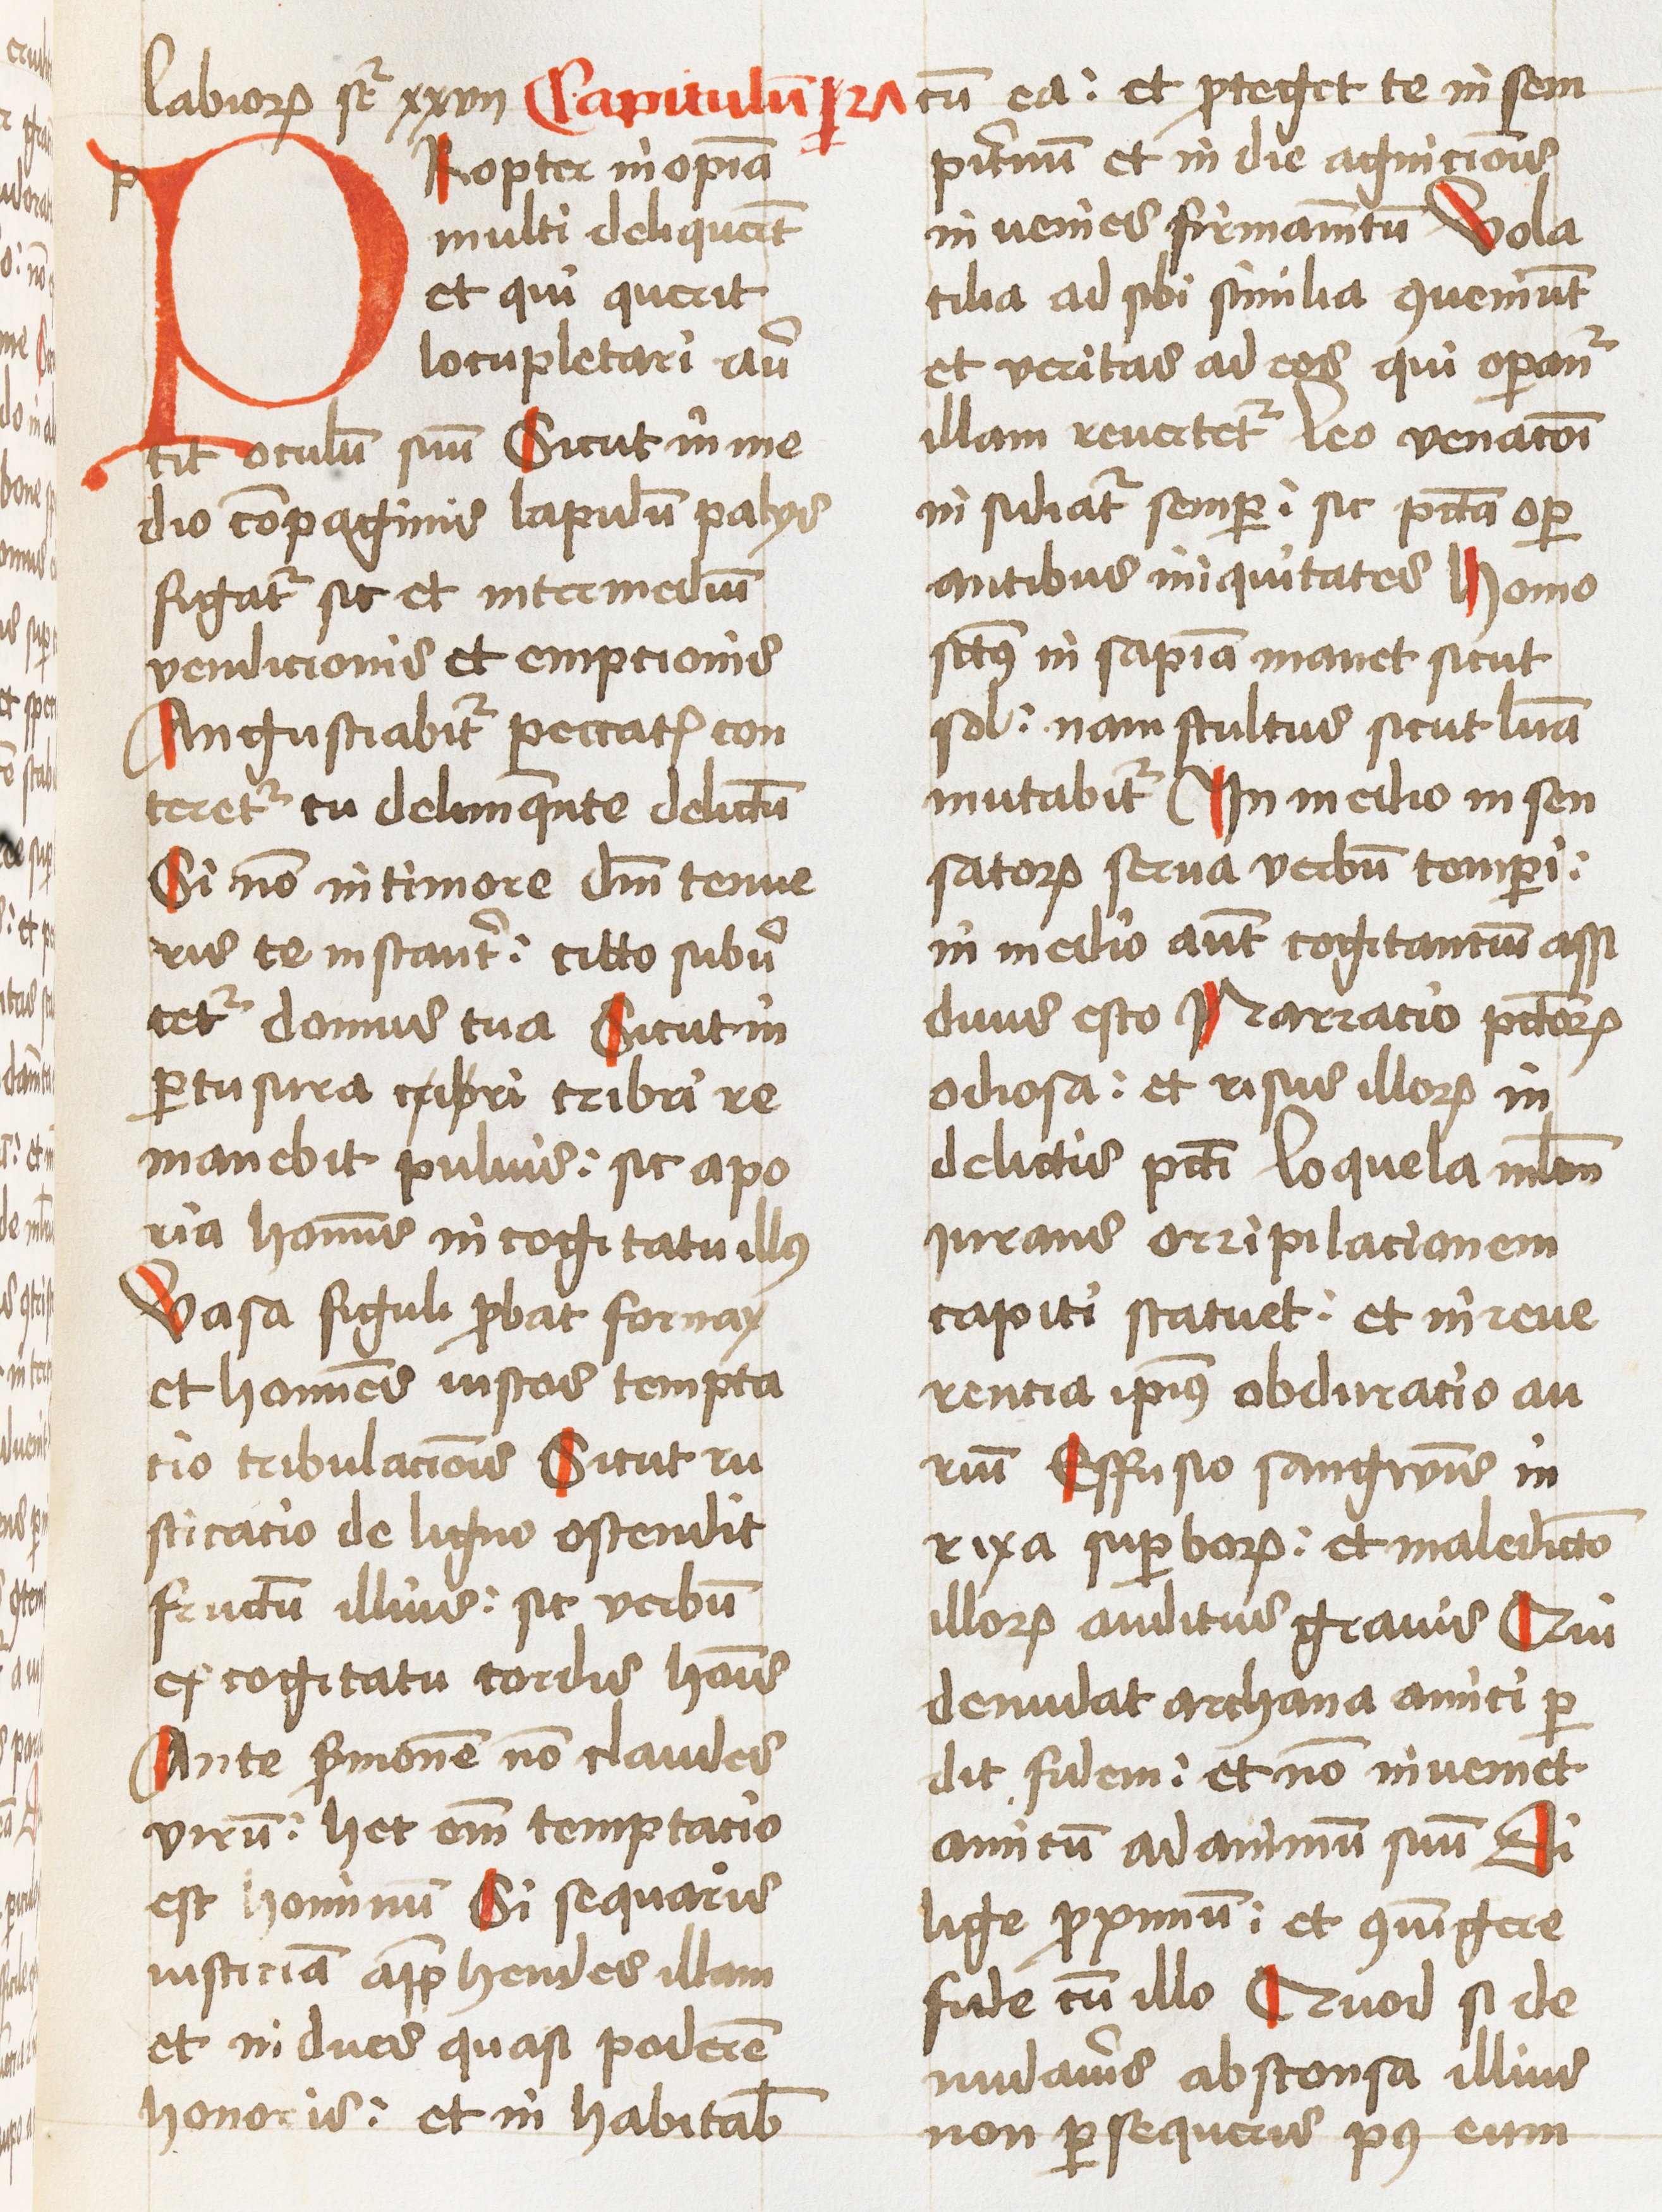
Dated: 1460–1460